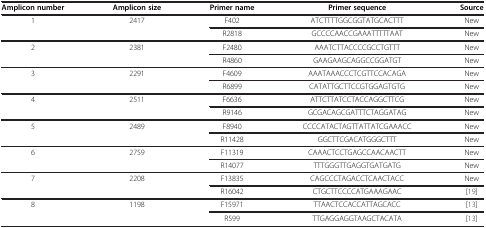
| Amplicon number | Amplicon size | Primer name | Primer sequence | Source |
 | --- | --- | --- | --- | --- |
 | <ROWSPAN=2> 1 | <ROWSPAN=2> 2417 | F402 | ATCTTTTGGCGGTATGCACTTT | New |
 | R2818 | GCCCCAACCGAAATTTTTAAT | New |
 | <ROWSPAN=2> 2 | <ROWSPAN=2> 2381 | F2480 | AAATCTTACCCCGCCTGTTT | New |
 | R4860 | GAAGAAGCAGGCCGGATGT | New |
 | <ROWSPAN=2> 3 | <ROWSPAN=2> 2291 | F4609 | AAATAAACCCTCGTTCCACAGA | New |
 | R6899 | CATATTGCTTCCGTGGAGTGTG | New |
 | <ROWSPAN=2> 4 | <ROWSPAN=2> 2511 | F6636 | ATTCTTATCCTACCAGGCTTCG | New |
 | R9146 | GCGACAGCGATTTCTAGGATAG | New |
 | <ROWSPAN=2> 5 | <ROWSPAN=2> 2489 | F8940 | CCCCATACTAGTTATTATCGAAACC | New |
 | R11428 | GGCTTCGACATGGGCTTT | New |
 | <ROWSPAN=2> 6 | <ROWSPAN=2> 2759 | F11319 | CAAACTCCTGAGCCAACAACTT | New |
 | R14077 | TTTGGGTTGAGGTGATGATG | New |
 | <ROWSPAN=2> 7 | <ROWSPAN=2> 2208 | F13835 | CAGCCCTAGACCTCAACTACC | New |
 | R16042 | CTGCTTCCCCATGAAAGAAC | [19] |
 | <ROWSPAN=2> 8 | <ROWSPAN=2> 1198 | F15971 | TTAACTCCACCATTAGCACC | [13] |
 | R599 | TTGAGGAGGTAAGCTACATA | [13] |